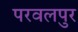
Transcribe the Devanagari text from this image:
परवलपुर